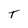
Character: T